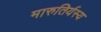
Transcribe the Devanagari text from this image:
मारुतिर्यस्य